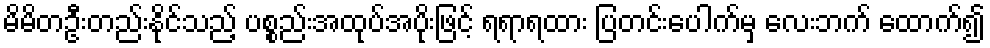
မိမိတဦးတည်းနိုင်သည့် ပစ္စည်းအထုပ်အပိုးဖြင့် ရရာရထား ပြတင်းပေါက်မှ လေးဘက် ထောက်၍